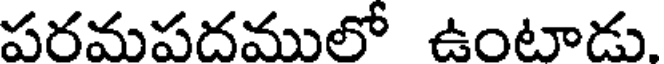
పరమపదములో ఉంటాడు.